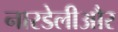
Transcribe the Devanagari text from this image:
नारडेलीऔर